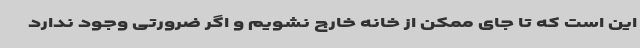
این است که تا جای ممکن از خانه خارج نشویم و اگر ضرورتی وجود ندارد